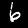
Digit: 6